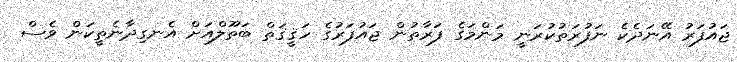
ޖައުފަރު އޭނަދެކެ ނަފުރަތުކުރަނީ މަންމަގެ ފަރާތުން ޖައުފަރުގެ ހަޤީޤަތް ބަތޫލްއަށް އެނގިދާނެތީކަން ވެސް